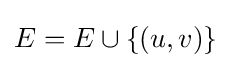
E=E\cup \{(u,v)\}